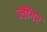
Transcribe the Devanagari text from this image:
ज्वींगर